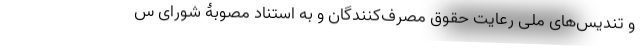
و تندیس‌های ملی رعایت حقوق مصرف‌کنندگان و به استناد مصوبۀ شورای س